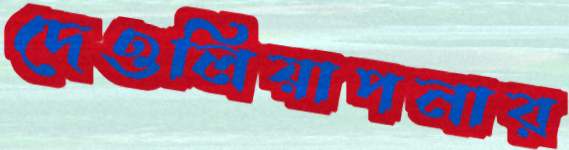
দেওলিয়াপনার